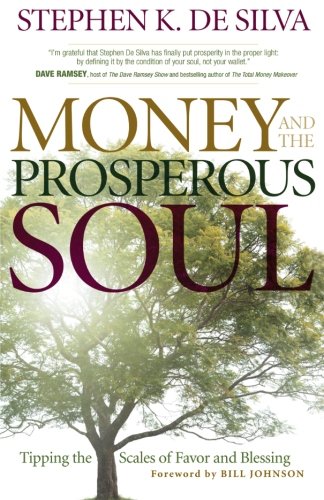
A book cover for Money and the Prosperous Soul: Tipping the Scales of Favor and Blessing; Stephen K. De Silva; Christian Books & Bibles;